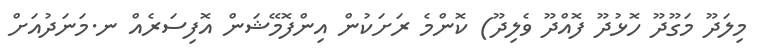
މިލަދޫ މަގޫދޫ ހޮޅުދޫ ފޮއްދޫ ވެލިދޫ) ކޮންމެ ރަށަކުން އިންފޮމޭޝަން އޮފިސަރެއް ނ.މަނަދުއަށް